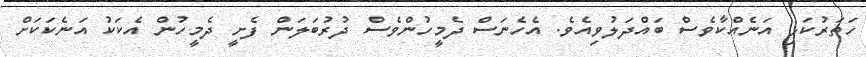
ހަތަރުކަޅި އަނެއްކާވެސް ބައްދަލުވިއެވެ. އެހެނަސް ދެމީހުންވެސް ދުރުބަލަން ފެށީ ދެމީހުން އެކަކު އަނެކަކަށް